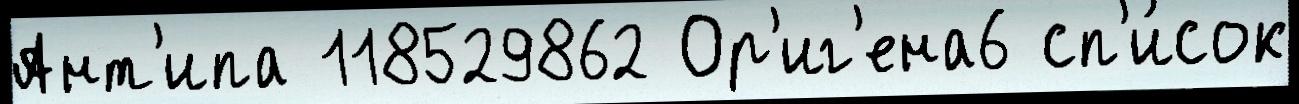
Ант'ипа 118529862 Ор'иг'ена6 сп'и́сок